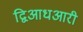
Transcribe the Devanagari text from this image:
द्विआधआरी